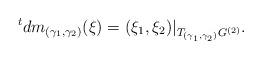
LaTeX: \begin{align*} {}^tdm_{(\gamma_1,\gamma_2)}(\xi)=(\xi_1,\xi_2)\vert_{T_{(\gamma_1,\gamma_2)}G^{(2)}}.\end{align*}